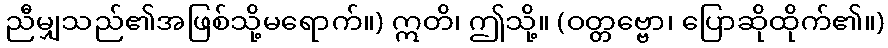
ညီမျှသည်၏အဖြစ်သို့မရောက်။) ဣတိ၊ ဤသို့။ (ဝတ္တဗ္ဗော၊ ပြောဆိုထိုက်၏။)